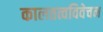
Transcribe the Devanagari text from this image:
कालतत्वविवेचन